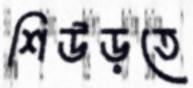
শিউড়তে